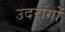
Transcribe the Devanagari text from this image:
उदरांगों